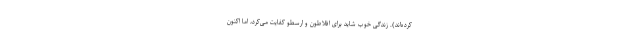
کرده‌اند). زندگی خوب شاید برای افلاطون و ارسطو کفایت می‌کرد، اما اکنون